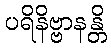
ပရိနိဗ္ဗာနန္တိ